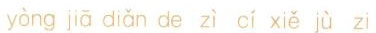
yòng jiā diǎn de zì cí xiě jù zǐ